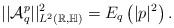
\begin{align*}||\mathcal{A}_q^p||^2_{L^2(\mathbb R,\mathbb{H})}=E_q\left(|p|^2\right).\end{align*}